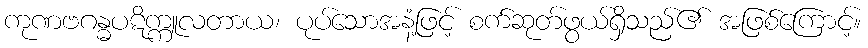
ကုဏဗဂန္ဓပဋိက္ကူလတာယ၊ ပုပ်သောအနံ့ဖြင့် စက်ဆုတ်ဖွယ်ရှိသည်၏ အဖြစ်ကြောင့်။